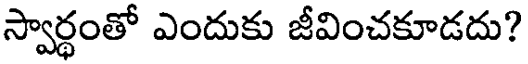
స్వార్ధంతో ఎందుకు జీవించకూడదు?